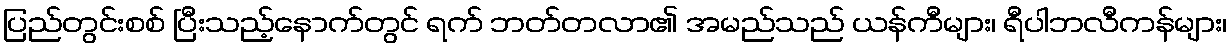
ပြည်တွင်းစစ် ပြီးသည့်နောက်တွင် ရက် ဘတ်တလာ၏ အမည်သည် ယန်ကီများ၊ ရီပါဘလီကန်များ၊